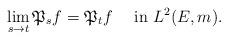
LaTeX: \begin{align*}\lim_{s\to t}\mathfrak{P}_{s}f=\mathfrak{P}_{t}f\quad\mbox{ in }L^{2}(E,m).\end{align*}